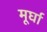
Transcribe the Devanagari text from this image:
मूर्घा